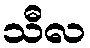
သီလ